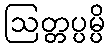
ဩတ္တပ္ပမ္ပိ